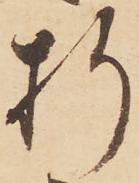
折